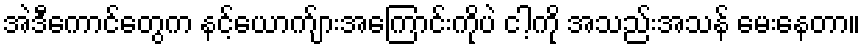
အဲဒီကောင်တွေက နင့်ယောက်ျားအကြောင်းကိုပဲ ငါ့ကို အသည်းအသန် မေးနေတာ။